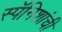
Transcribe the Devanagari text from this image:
स्पॅनिशांची